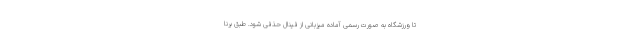
تا ورزشگاه به صورت رسمی آماده میزبانی از فینال حذفی شود. طبق برنا